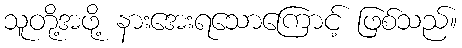
သူတို့အဖို့ နားအေးရသောကြောင့် ဖြစ်သည်။